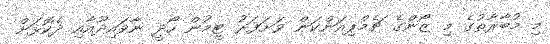
މި މުބާރާތުގެ މި ޒޯންގެ ޗެމްޕިއަންކަން ވަށަފަރު ޓީމުން ހޯދީ ނާވައިދޫއާއި ދެކޮޅަށް